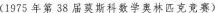
(1975年第38届莫斯科数学林匹克竞赛)